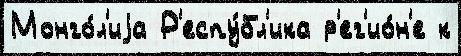
Монго́л'иjа Р'еспу́бл'ика р'ег'ио́н'е к